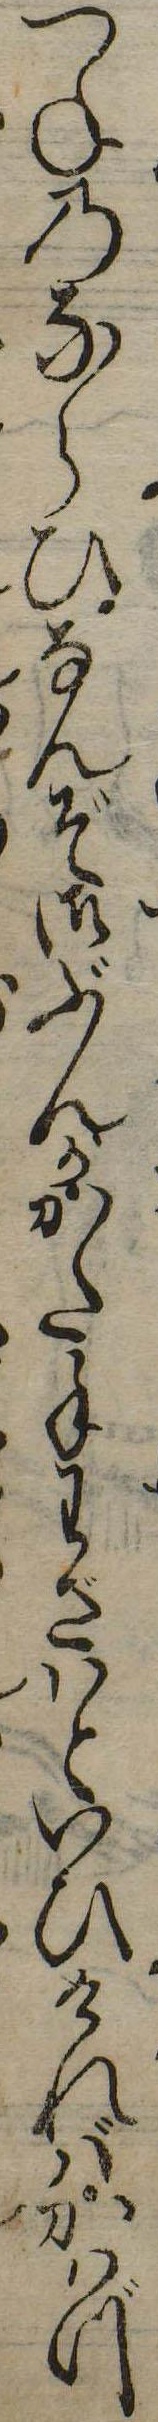
つねのならひなんぞ御ぶんがかた手わざいといひければかはづ